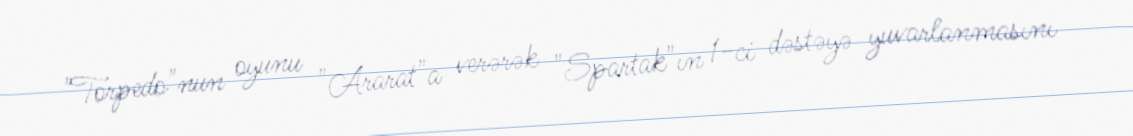
"Torpedo"nun oyunu "Ararat"a verərək "Spartak"ın 1-ci dəstəyə yuvarlanmasını